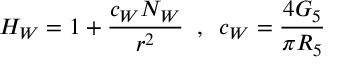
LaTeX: H _ { W } = 1 + \frac { c _ { W } N _ { W } } { r ^ { 2 } } \; \; , \; \; c _ { W } = \frac { 4 G _ { 5 } } { \pi R _ { 5 } }